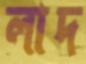
লাদ